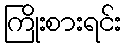
ကြိုးစားရင်း